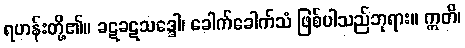
ရဟန်းတို့၏။ ခဋခဋသဒ္ဒေါ၊ ခေါက်ခေါက်သံ ဖြစ်ပါသည်ဘုရား။ ဣတိ၊